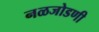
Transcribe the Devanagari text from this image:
नळजोडणी